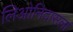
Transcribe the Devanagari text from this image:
लिओनिदासला